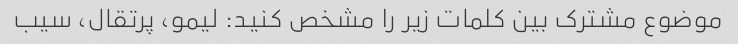
موضوع مشترک بین کلمات زیر را مشخص کنید: لیمو، پرتقال، سیب